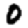
Digit: 0